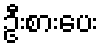
ဦးစားပေး